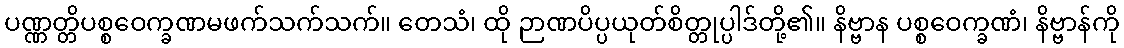
ပဏ္ဏတ္တိပစ္စဝေက္ခဏမဖက်သက်သက်။ တေသံ၊ ထို ဉာဏပိပ္ပယုတ်စိတ္တုပ္ပါဒ်တို့၏။ နိဗ္ဗာန ပစ္စဝေက္ခဏံ၊ နိဗ္ဗာန်ကို